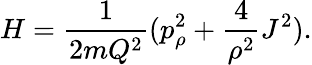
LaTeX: H=\frac{1}{2mQ^{2}}(p_{\rho}^{2}+\frac{4}{\rho^{2}}J^{2}).